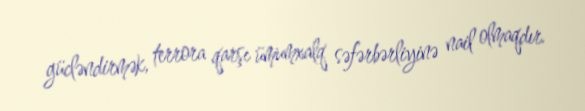
gücləndirmək, terrora qarşı ümumxalq səfərbərliyinə nail olmaqdır.